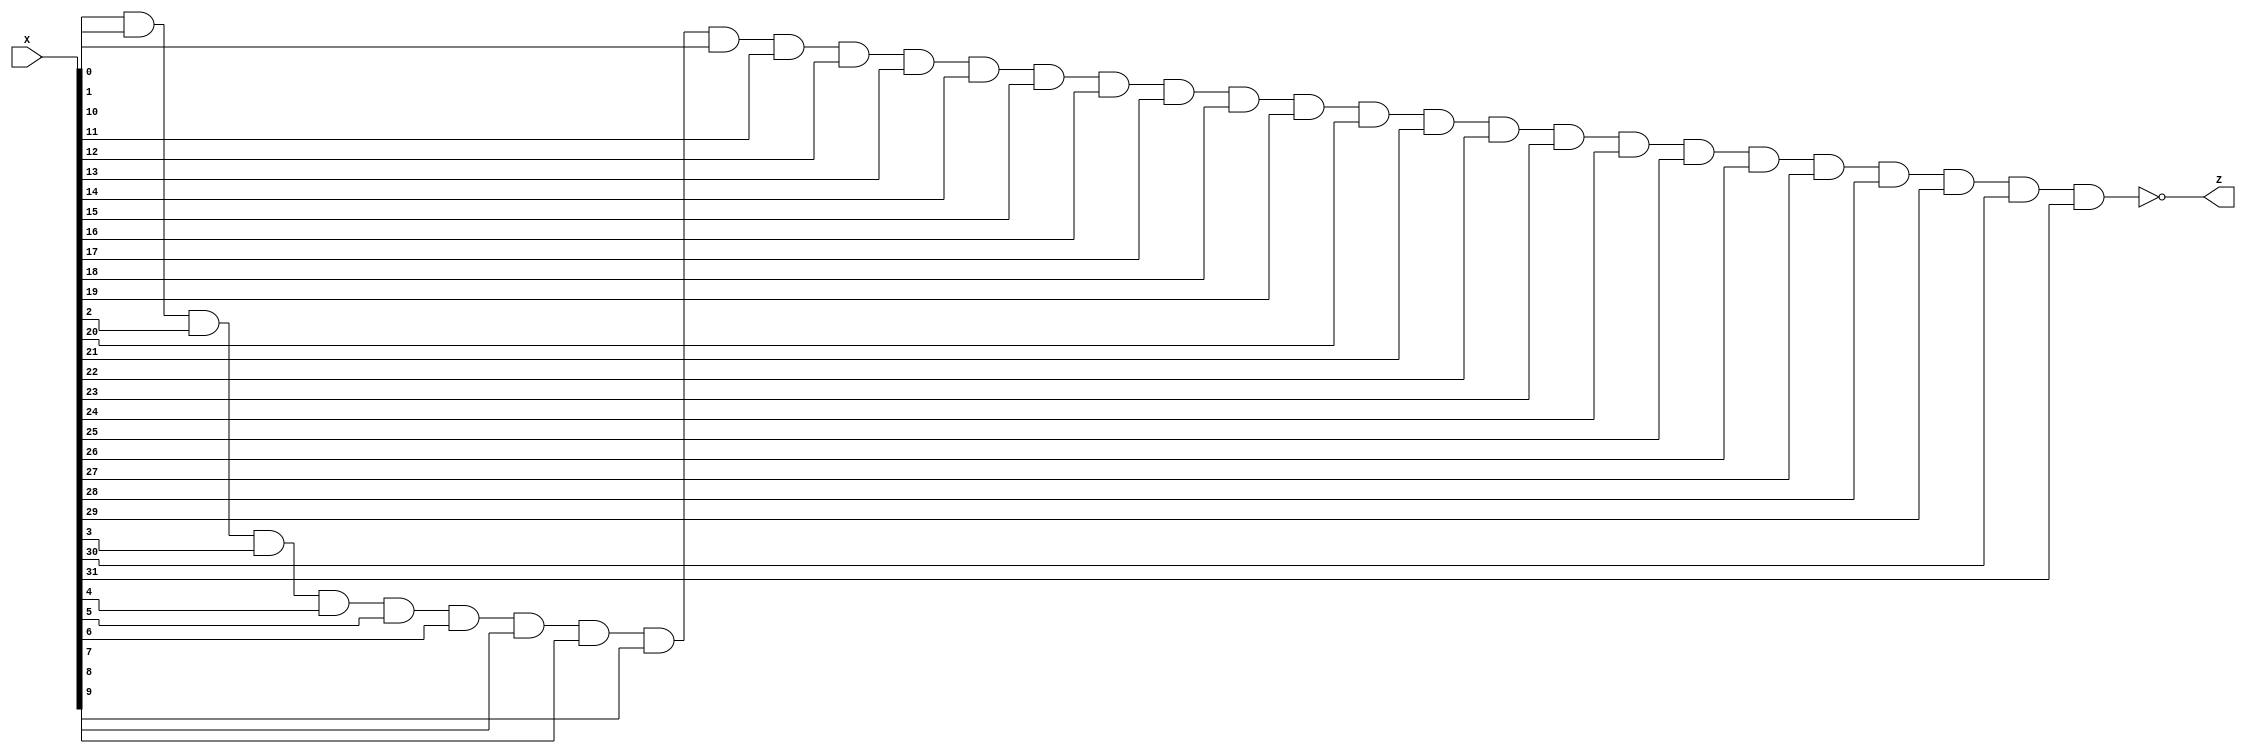
module isZero(X,Z);
    input[31:0]X;
    output Z;
    and a1(Z_n,X[0],X[1],X[2],X[3],X[4],X[5],X[6],X[7],X[8],X[9],X[10],X[11],X[12],X[13],X[14],X[15],X[16],X[17],X[18],X[19],X[20],X[21],X[22],X[23],X[24],X[25],X[26],X[27],X[28],X[29],X[30],X[31]);   
    not n1(Z,Z_n);
endmodule